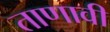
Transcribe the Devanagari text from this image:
ताणावी